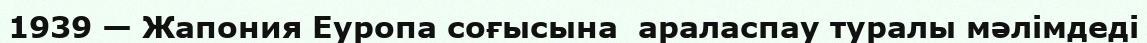
1939 — Жапония Еуропа соғысына  араласпау туралы мәлiмдедi